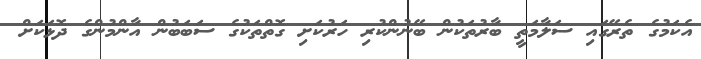
އެކަމުގެ ތެރޭގައި ސަލާމަތީ ބާރުތަކުން ބޭނުންކުރި ހަރުކަށި ގޮތްތަކުގެ ސަބަބުން އާންމުންގެ ދޮޅަކަށް